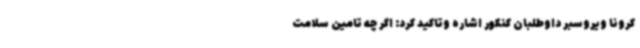
کرونا ویروسبر داوطلبان کنکور اشاره وتاکید کرد: اگر چه تامین سلامت